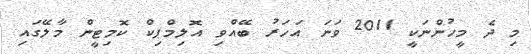
މި ދެ މީހުންނަކީ 2011 ވަނަ އަހަރު ބޭއްވި އޮލިމްޕިކް ކޮމިޓީން މާލޭގައި